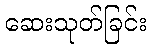
ဆေးသုတ်ခြင်း